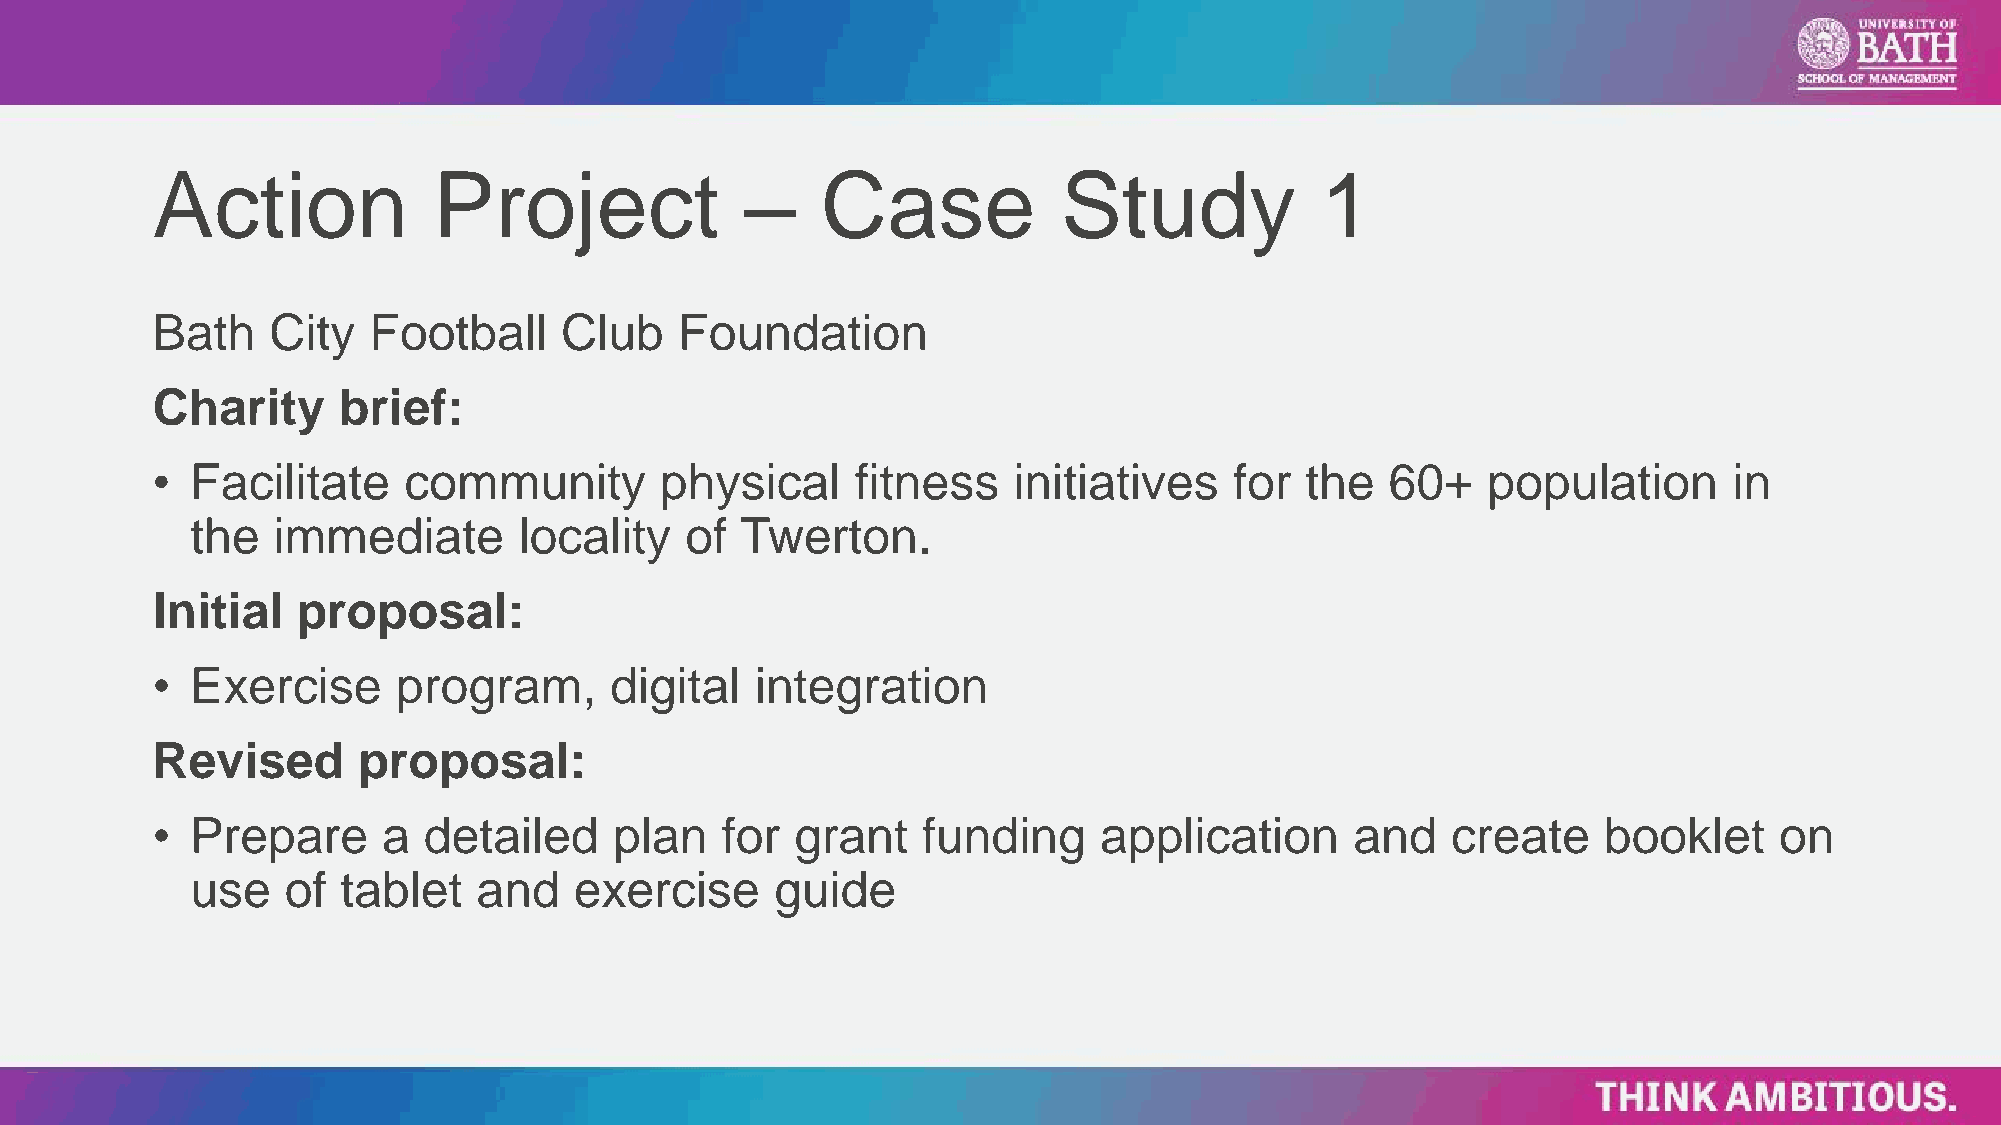
Action             Project             –    Case            Study            1
 Bath    City  Football     Club    Foundation
 Charity     brief:
 •  Facilitate    community        physical     fitness   initiatives    for the   60+   population       in
 the  immediate       locality   of  Twerton.
 Initial   proposal:
 •  Exercise     program,      digital   integration
 Revised       proposal:
 •  Prepare     a  detailed     plan   for  grant   funding     application      and   create    booklet     on
 use   of  tablet   and   exercise     guide